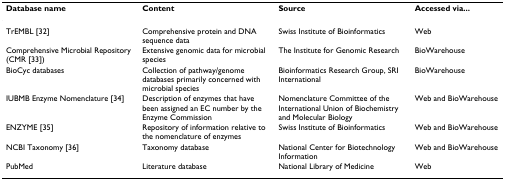
<table><thead><tr><td><b>Database name</b></td><td><b>Content</b></td><td><b>Source</b></td><td><b>Accessed via...</b></td></tr></thead><tbody><tr><td>TrEMBL [32]</td><td>Comprehensive protein and DNA sequence data</td><td>Swiss Institute of Bioinformatics</td><td>Web</td></tr><tr><td>Comprehensive Microbial Repository (CMR [33])</td><td>Extensive genomic data for microbial species</td><td>The Institute for Genomic Research</td><td>BioWarehouse</td></tr><tr><td>BioCyc databases</td><td>Collection of pathway/genome databases primarily concerned with microbial species</td><td>Bioinformatics Research Group, SRI International</td><td>BioWarehouse</td></tr><tr><td>IUBMB Enzyme Nomenclature [34]</td><td>Description of enzymes that have been assigned an EC number by the Enzyme Commission</td><td>Nomenclature Committee of the International Union of Biochemistry and Molecular Biology</td><td>Web and BioWarehouse</td></tr><tr><td>ENZYME [35]</td><td>Repository of information relative to the nomenclature of enzymes</td><td>Swiss Institute of Bioinformatics</td><td>Web and BioWarehouse</td></tr><tr><td>NCBI Taxonomy [36]</td><td>Taxonomy database</td><td>National Center for Biotechnology Information</td><td>Web and BioWarehouse</td></tr><tr><td>PubMed</td><td>Literature database</td><td>National Library of Medicine</td><td>Web</td></tr></tbody></table>